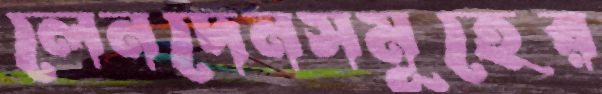
লেনদেনসমূহের